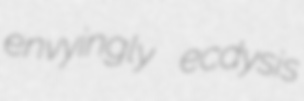
envyingly ecdysis